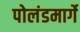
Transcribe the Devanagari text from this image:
पोलंडमार्गे